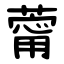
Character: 䔭